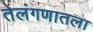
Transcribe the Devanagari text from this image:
तेलंगणातला